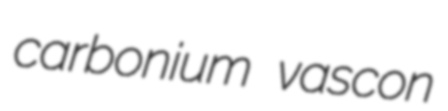
carbonium vascon